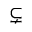
\subsetneq